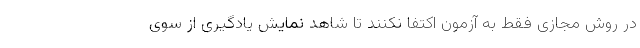
در روش مجازی فقط به آزمون اکتفا نکنند تا شاهد نمایش یادگیری از سوی